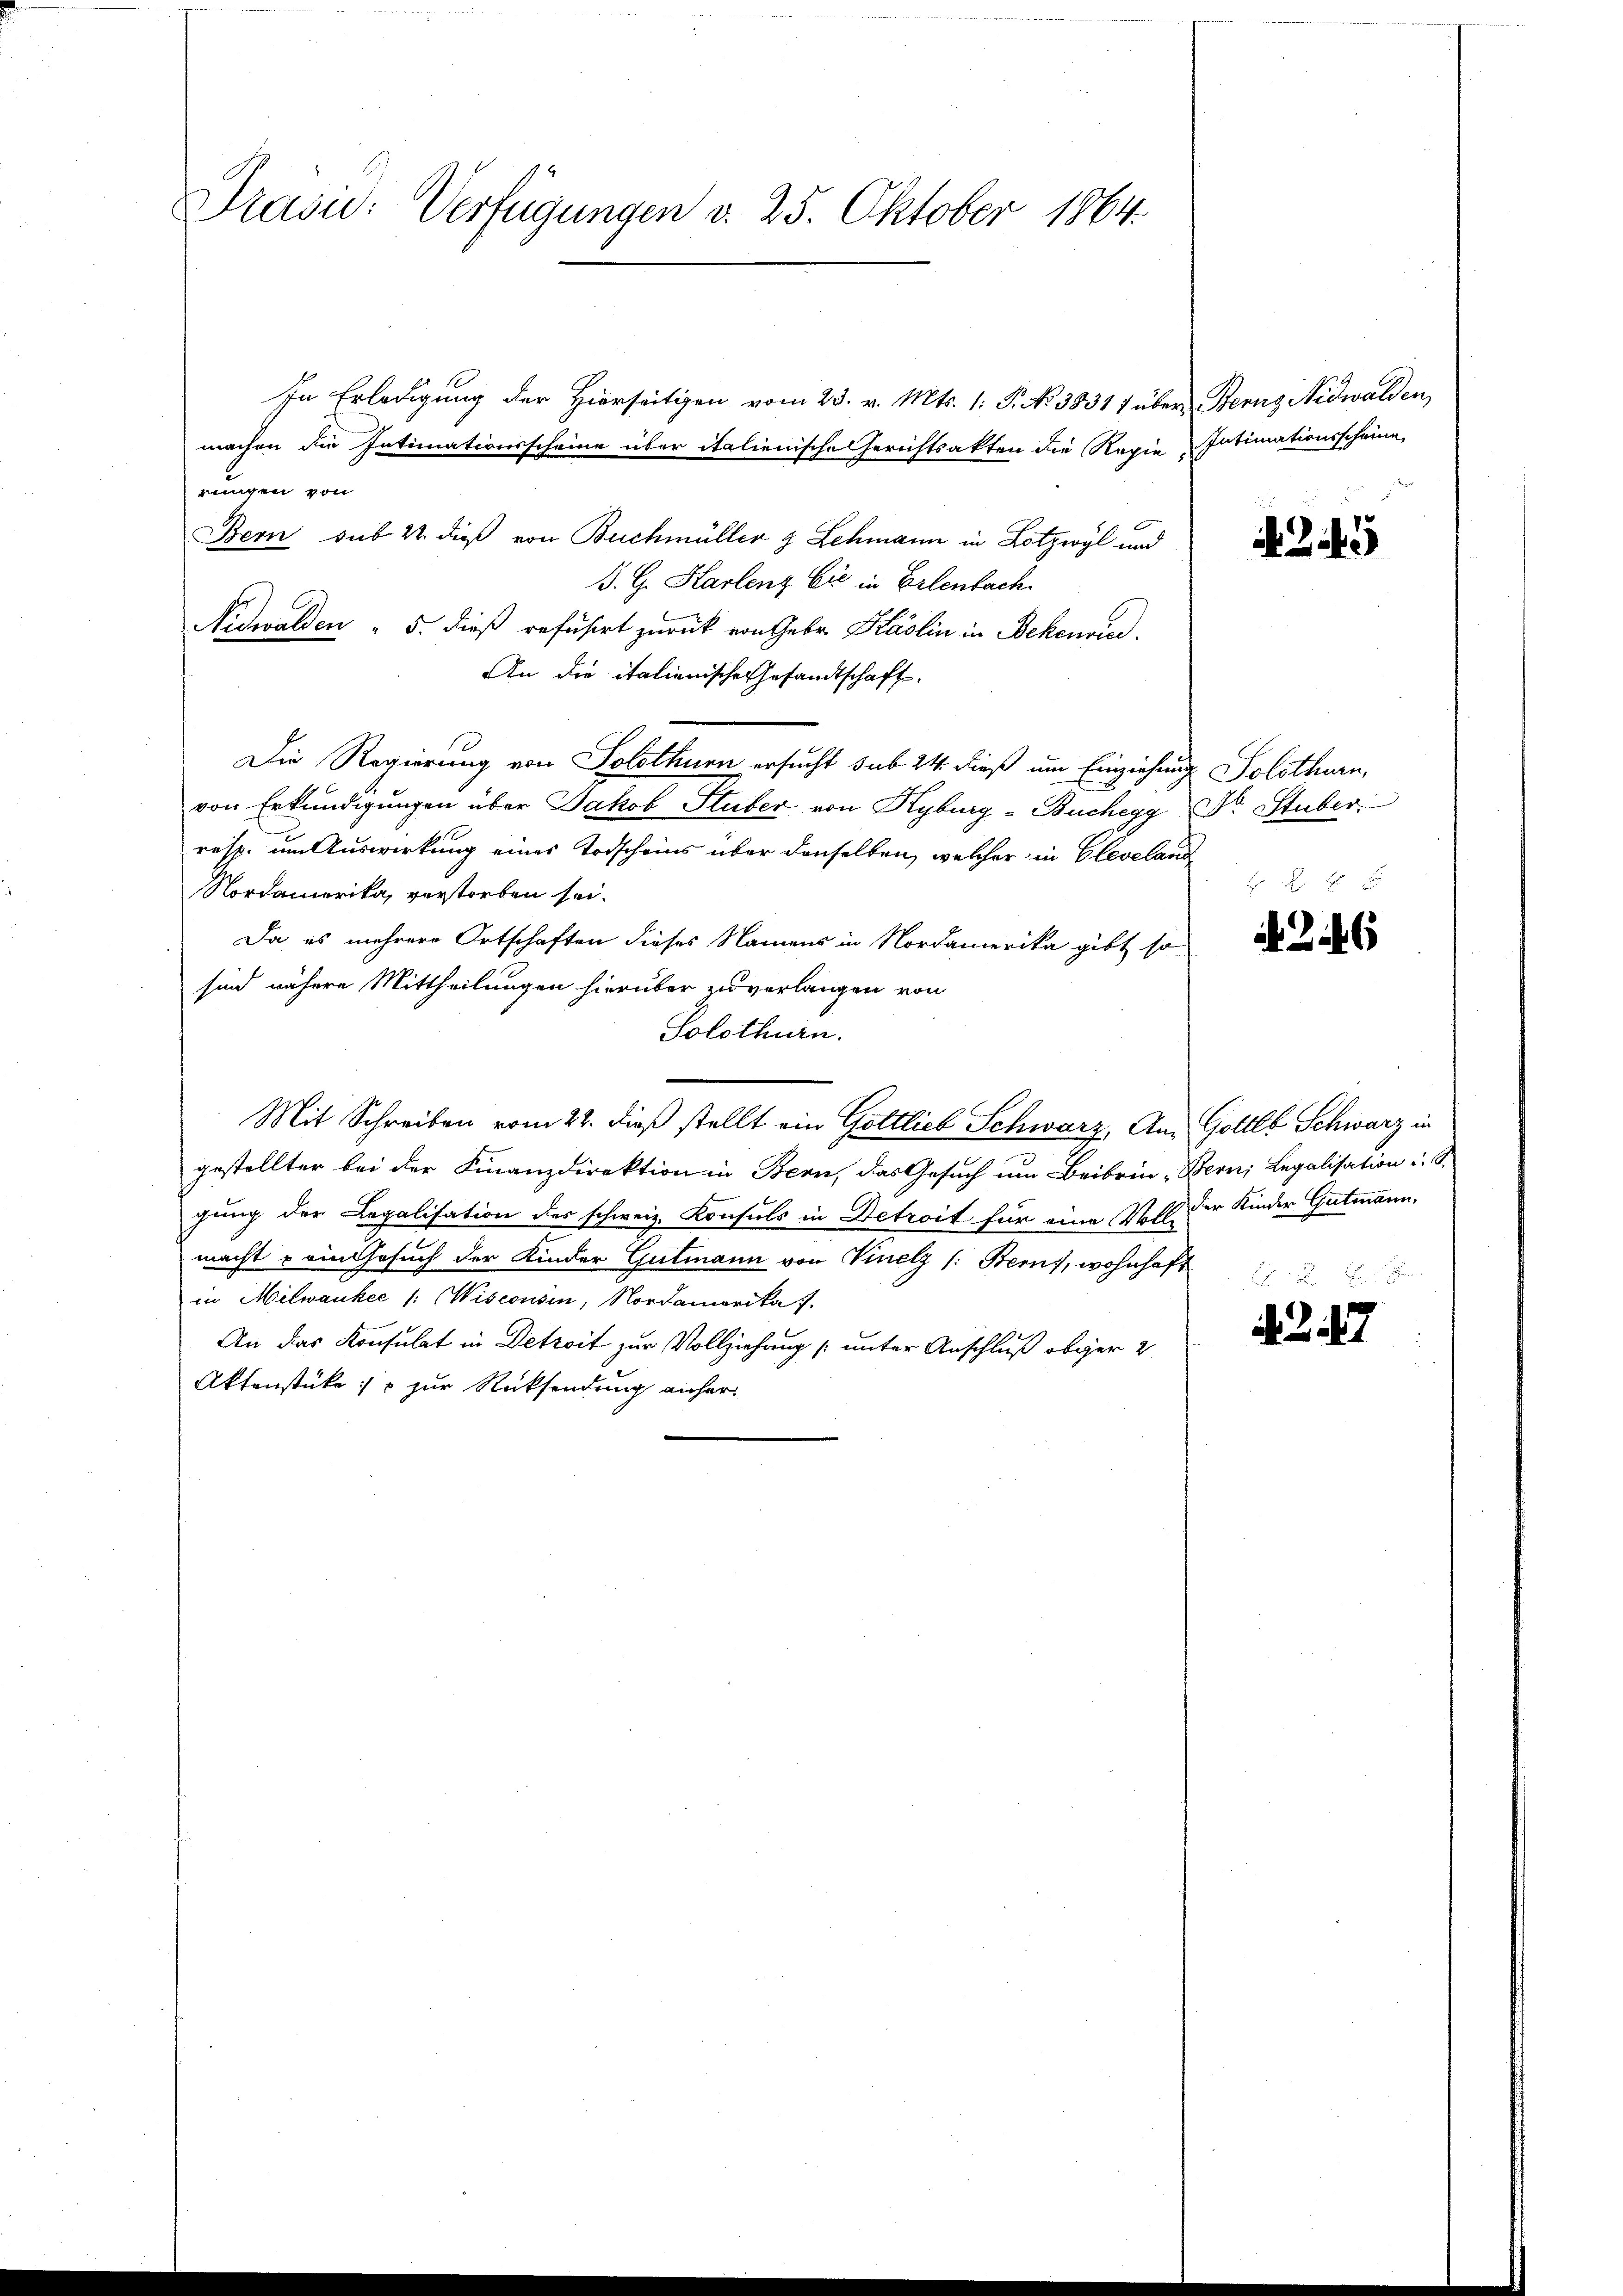
Prasid: Verfügungen v. 25. Oktober 1864.

In Erledigung der Hierseitigen vom 23. v. Mts. 1: P. No 38317 über Bernz Nidwalden,
machen die Intimationsscheine über italienische Gerichtsakten die Regie Intimationsscheine,
rungen von
Bern sub 22. dieß von Buchmüller & Schmann in Lotzwyl und
B. G. Karlenz Ei in Erlenbach
Nidwalden " 5. dieß refusirt zurück von Gebr. Käslin in Bekenried
An die italienische Gesandtschaft.
Die Regierung von Solothurn ersucht sub 24. dieß um Einziehung Solothurn,
von Erkundigungen über Jakob Stuber von Kyburg - Buchegg Dr. Stuber
resp. um Auswirkung eines Todscheins über denselben, welcher in Cleveland
Nordamerika, verstorben sei.
Da es mehrere Ortschaften dieses Namens in Nordamerika gibt so
sind nähere Mittheilungen hierüber zuverlangen von
Solothurn.
Mit Schreiben vom 22. dieß stellt ein Gottlieb Schwarz, Am Gottes Schwarz in
gestellter bei der Finanzdirektion in Bern, das Gesuch um Beibrin- Berni Legalisation u. S.
gung der Legalisation des schweiz. Konsuls in Detroit für eine Voll der Kinder Gutmann,
macht - ein Gesuch der Kinder Gutmann von Vinelz /: Berns, wohnhaft
in Milwaukee /: Wisconsin, Nordamerika 7.
An das Konsulat in Detreit zur Vollziehung (unter Anschluß obger 2
Aktenstüke :/ zur Rücksendung anher

A 345

246

N 227